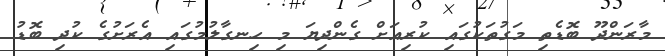
މާރަންދޫ ބޮޑެތި މަގުތަކުގައި ކުރިއަށް ގެންދިޔަ މި ހިނގާލުމުގައި އެރަށުގެ ކުދި ބޮޑު